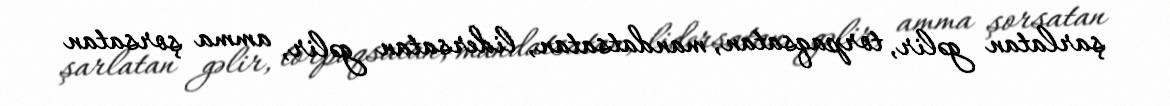
şarlatan gəlir, torpaqsatan, mandatsatan, lidersatan gəlir, amma şorsatan